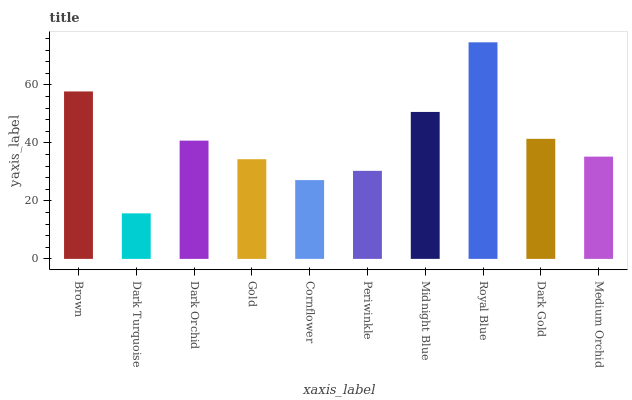
| xaxis_label | bars |
 | --- | --- |
 | Brown | 57.7 |
 | Dark Turquoise | 15.7 |
 | Dark Orchid | 40.8 |
 | Gold | 34.4 |
 | Cornflower | 27.2 |
 | Periwinkle | 30.4 |
 | Midnight Blue | 50.7 |
 | Royal Blue | 74.7 |
 | Dark Gold | 41.4 |
 | Medium Orchid | 35.3 |